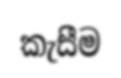
කැසීම